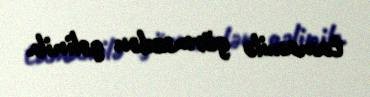
tamamilə görməzdən gəlinib.